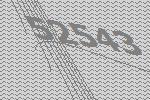
52543